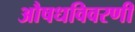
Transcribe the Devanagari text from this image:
औषधविवरणी